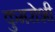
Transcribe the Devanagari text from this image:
कुमरोशी